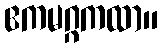
ဧကမဂ္ဂကထာ။